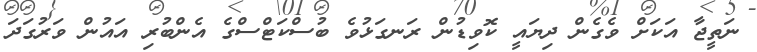
ނަތީޖާ އަކަށް ވެގެން ދިޔައީ ކޮވިޑުން ރަނގަޅުވެ ބުސްކަޓްސްގެ އެންބުރި އައުން ވަރުގަދަ